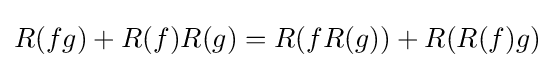
R(fg)+R(f)R(g)=R(fR(g))+R(R(f)g)